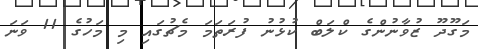
މަގޫދޫ ޒުވާނުންގެ ކްލަބް ކުޅުނު ފުރަތަމަ މެޗުގައި މި މަހުގެ 11 ވަނަ